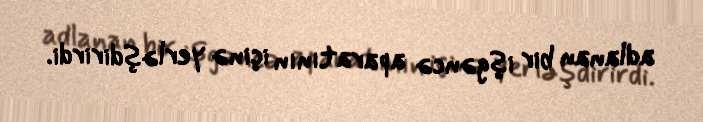
adlanan bir işgəncə aparatının içinə yerləşdirirdi.